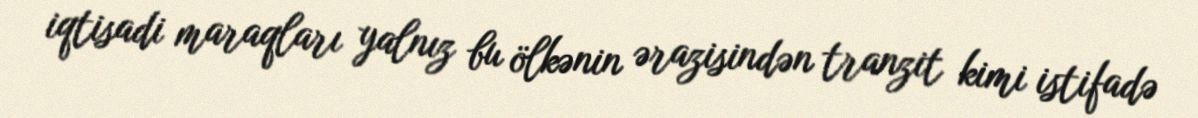
iqtisadi maraqları yalnız bu ölkənin ərazisindən tranzit kimi istifadə